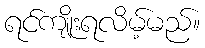
ရင်ကျိုးရလိမ့်မည်။